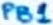
Text: PB1